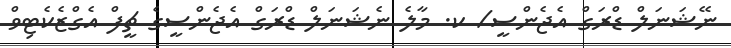
ނޭޝަނަލް ޑްރަގް އެޖެންސީ/ ކ. މާލެ ނެޝަނަލް ޑްރަގް އެޖެންސީގެ ޗީފް އެގްޒެކެޓިވް